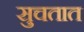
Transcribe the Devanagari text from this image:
सुचतात